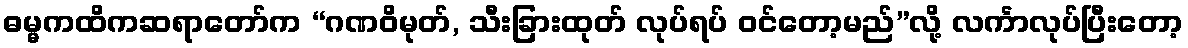
ဓမ္မကထိကဆရာတော်က “ဂဏဝိမုတ်, သီးခြားထုတ် လုပ်ရပ် ဝင်တော့မည်”လို့ လင်္ကာလုပ်ပြီးတော့